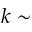
k \sim